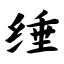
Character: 缍